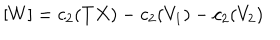
LaTeX: [ W ] = c _ { 2 } ( T X ) - c _ { 2 } ( V _ { 1 } ) - c _ { 2 } ( V _ { 2 } )